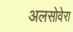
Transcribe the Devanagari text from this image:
अलसोवेरा